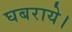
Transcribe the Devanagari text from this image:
घबराये।